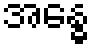
အန္ဓေ